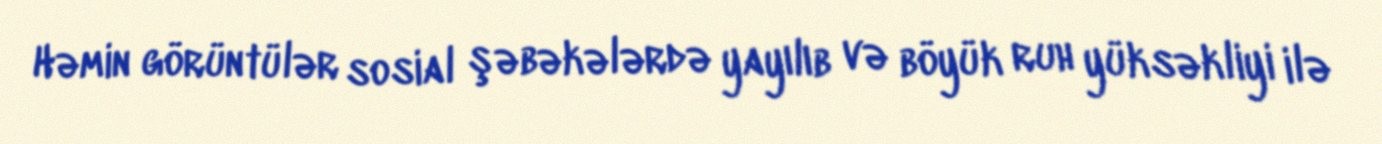
Həmin görüntülər sosial şəbəkələrdə yayılıb və böyük ruh yüksəkliyi ilə